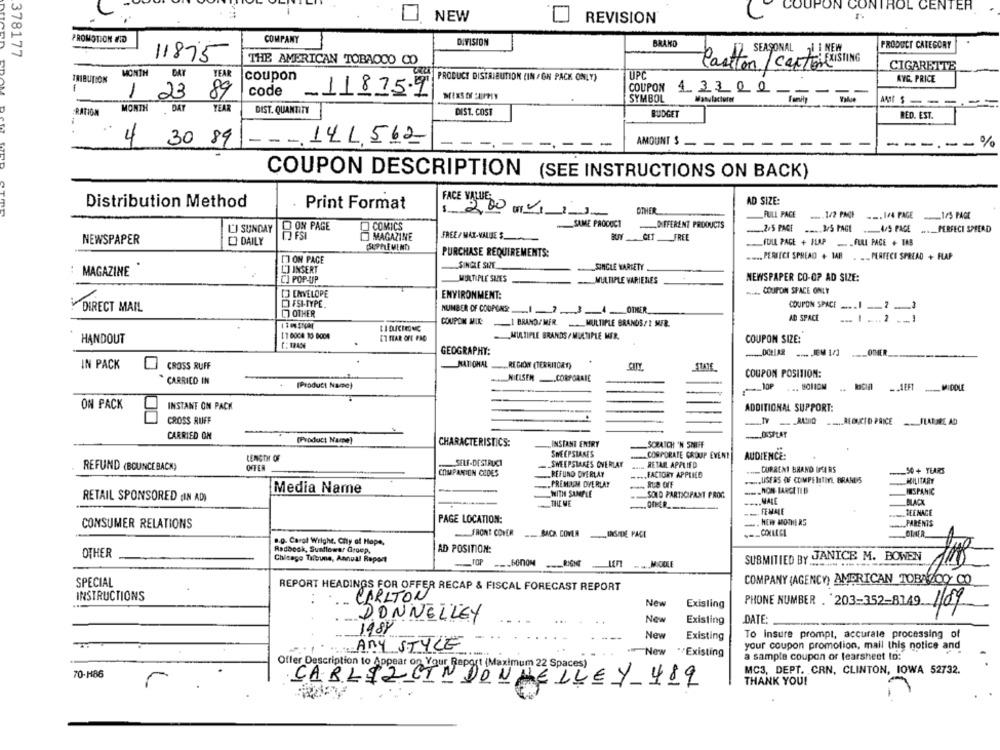
COUPON
NTROL CENTER
NEW
REVISION®
PROMOTION AND
COMPANY
DIVISION
BRAND
PRODUCT CATEGORY
378177
SEASONAL 21 ! NEW
11875
THE AMERICAN TOBACCO CO
Castton/caption EXISTING
CIGARETTE
MONTH
YEA
coupon
UPC
TRIBUTION
PRODUCT DISTRIBUTION (IN /GH PACK ONLY)
AVE, PRICE
code
-11815.9
EDAM
1
23
89
COUPON 4. 3 3 0 0 ---
SYMBOL
------
RATION
MONTH
DAT
YEAR
DIST. QUANTITY
DIST. COST
BUDGET
RED. EST.
4
30 89
- - - 14 1,562
AMOUNT $
------ %
COUPON DESCRIPTION
(SEE INSTRUCTIONS ON BACK)
FACE VALUE
AD SIZE:
Distribution Method
Print Format
OTHER
$ 2,00 m/
FULL PACE ..... 1/2 PACF ... I/4 PAGE
SAME PROCOCT
.... DIFERENT PRODUCTS
LJ SUNDAY
O ON PAGE
COMICS
.2.5 PACI ..... 3/5 PAGE .. 4/5 PAGE
..._ PERFECI SMEAD
NEWSPAPER
DAILY
MAGAZINE
FREE/ MAX-VALLEE
BUY CET FREE
(SUPPLEMEND)
FULL PAGE + SLAP . _ FULL PAGE + TAB
PURCHASE REQUIREMENTS:
..... PERITCI SPREAD + TAB . .. PERTECE SPREAD + FLAP
['] ON PAGE
LJ INSERT
SINGLE SHE
SINGLE WARTETY
: MAGAZINE
MULTIPLE SIES
NEWSPAPER CO-OP AD SIZE:
CJ POP-UP
MULTIPLE VARIETIES
.... COUPON SPACE ONLY
13 ENVELOPE
ENVIRONMENT:
DIRECT MAIL
FSI-TYPE.
COUPON SPACE .... I-
[] OTHER
NUMBER OF COUPCAS: ... I .7 .34OTHER
... I .... 2 .
COUPON MIK
AD SPACE
I BRAND/MER MULTIPLE GRANDS / 1 MIFR.
ET HAR OFF PAO
MULTIPLE BRANDS / MULTIPLE MIR.
HANDOUT
COUPON SIZE:
GEOGRAPHY:
-... JEM 1/3
OTHER
IN PACK
CROSS RUFF
NATIONAL REGION (TERRITORY)
STATE
COUPON POSITION:
CARRICO IN
NIELSEN .CORPORAIE
[Product Name)
JOP
MIDDLE
ON PACK
INSTANT ON PACK
ADDITIONAL SUPPORT:
CROSS RUFF
--.. MIOCIO PRICE
-FLATARE AD
CARRIED ON
(Product Name)
CHARACTERISTICS:
INSTANT ENTRY
SCRATCH 'N SNUFF
LENGTH OF
SWEEPSTAKES
CORPORATE GROUP EVENT
AUDIENCE:
SELF-DESTRUCT
SWEEPSTAKES OVERLAY
RETAR APPLIED
REFUND (BOUNCE BACK)
OFFER
COMPANION CODES
REFUND OVERLAY
CURRENT BRAND DICIRS
_50 + YEARS
FACTORY APPLIED
..... USERS OF COMPETITL BRANDS
MILITARY
.PREMIUM OVERLAY
Media Name
WITH SAMPLE
SOLD PARTICIPANT PROC.
.. HON LARGE TID
HISPANIC
RETAIL SPONSORED (IN AD)
THE ME
--
BLACK
OFFER
FEMALE
TEENAGE
CONSUMER RELATIONS
PAGE LOCATION:
HEH MOTHERS
.. PARENTS
FRONT COVER
BACK COVER
INSIDE PACI
.. Q. Carol Wright, Chy of Hope,
OTHER
Radbock, Sunflower Groep,
AD POSITION:
Chicago Tribune, Annual Report
TOP --- 60NOM
RIGHT
SUBMITIED BY JANICE M. BOWEN
MIOOLE
SPECIAL
COMPANY (AGENCY) AMERICAN TOBACCO CO
REPORT HEADINGS FOR OFFER RECAP & FISCAL FORECAST REPORT
INSTRUCTIONS
CARLTON
New
Existing
PHONE NUMBER . 203-352-8149. 1/09
DONNELLEY
New
Existing
DATE:
198Y
New
Existing
To insure prompt, accurate processing of
Any STYLE
New
*Existing
your coupon promotion, mail this notice and
a sample coupon or tearsheet to:
Offer Description to Appear on Your Raport (Maximum 22 Spaces)
70-H86
MC3, DEPT. CRN, CLINTON, IOWA 52732.
THANK YOU!
CABLEZGIN DONNELLEY 489